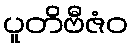
ပူတိဗီဇံဝ